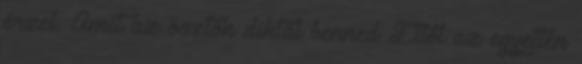
érzel. Amit az ösztön diktál benned Ettől az egyetlen